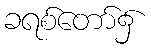
ခရစ်တော်၌